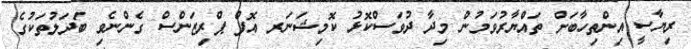
ރިޔާސީ އިންތިހާބަށް ތައްޔާރުވަމުން މިދާ ދުވަސްކޮޅު ކޮމިޝަނަރ އޮފް ޕްރިޒަންސް ގެންނެވި ބަދަލުތަކުގެ